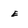
Character: e